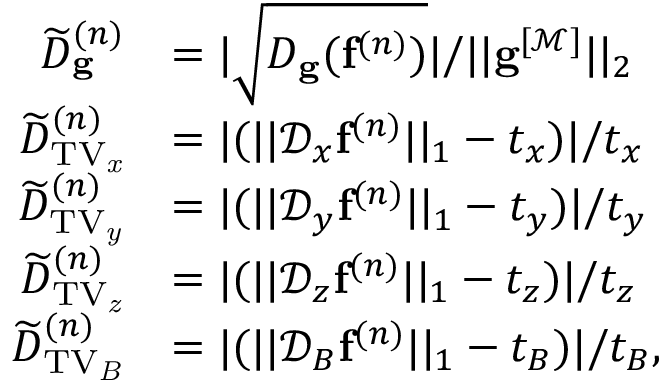
\begin{array} { r l } { \widetilde { D } _ { \mathbf { g } } ^ { ( n ) } } & { = | \sqrt { D _ { \mathbf { g } } ( \mathbf { f } ^ { ( n ) } ) } | / | | \mathbf { g } ^ { [ \mathcal { M } ] } | | _ { 2 } } \\ { \widetilde { D } _ { \mathrm { T V _ { \it x } } } ^ { ( n ) } } & { = | ( | | \mathcal { D } _ { x } \mathbf { f } ^ { ( n ) } | | _ { 1 } - t _ { x } ) | / t _ { x } } \\ { \widetilde { D } _ { \mathrm { T V _ { \it y } } } ^ { ( n ) } } & { = | ( | | \mathcal { D } _ { y } \mathbf { f } ^ { ( n ) } | | _ { 1 } - t _ { y } ) | / t _ { y } } \\ { \widetilde { D } _ { \mathrm { T V _ { \it z } } } ^ { ( n ) } } & { = | ( | | \mathcal { D } _ { z } \mathbf { f } ^ { ( n ) } | | _ { 1 } - t _ { z } ) | / t _ { z } } \\ { \widetilde { D } _ { \mathrm { T V _ { \it B } } } ^ { ( n ) } } & { = | ( | | \mathcal { D } _ { B } \mathbf { f } ^ { ( n ) } | | _ { 1 } - t _ { B } ) | / t _ { B } , } \end{array}